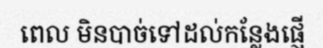
ពេល មិនបាច់ទៅដល់កន្លែងផ្ញើ